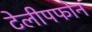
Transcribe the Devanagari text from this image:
टेलीपफोन